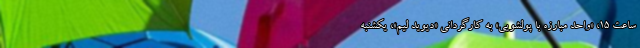
ساعت ۱۵، «واحد مبارزه با پولشویی» به کارگردانی «دیوید لیم»، یکشنبه